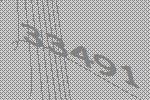
33491